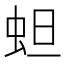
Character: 䖧